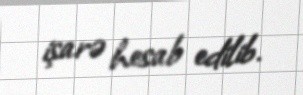
işarə hesab edilib.